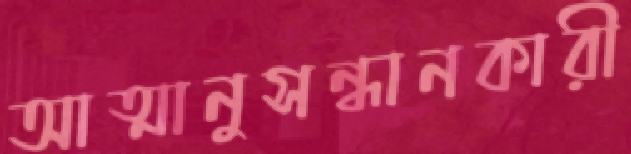
আত্মানুসন্ধানকারী